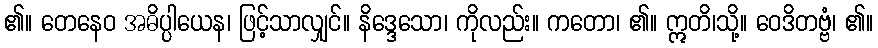
၏။ တေနေဝ အဓိပ္ပါယေန၊ ဖြင့်သာလျှင်။ နိဒ္ဒေသော၊ ကိုလည်း။ ကတော၊ ၏။ ဣတိ၊သို့။ ဝေဒိတဗ္ဗံ၊ ၏။